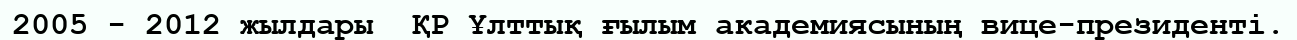
2005 - 2012 жылдары  ҚР Ұлттық ғылым академиясының вице-президенті.